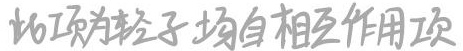
此项为轻子场自相互作用项。